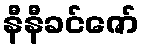
နီနီခင်ဇော်